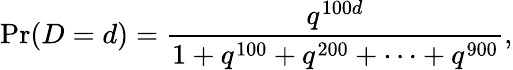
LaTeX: \operatorname*{Pr}(D=d)={\frac{q^{100d}}{1+q^{100}+q^{200}+\cdots+q^{900}}},